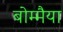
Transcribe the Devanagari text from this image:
बोम्मैया